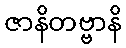
ဇာနိတဗ္ဗာနိ